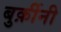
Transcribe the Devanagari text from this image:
बुर्क़ीनी